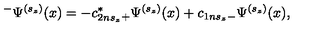
^ { - } \Psi ^ { ( s _ { z } ) } ( x ) = - c _ { 2 n s _ { z } } ^ { * } { } _ { + } \Psi ^ { ( s _ { z } ) } ( x ) + c _ { 1 n s _ { z } } { } _ { - } \Psi ^ { ( s _ { z } ) } ( x ) ,